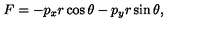
F = - p _ { x } r \cos \theta - p _ { y } r \sin \theta ,